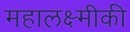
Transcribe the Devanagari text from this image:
महालक्ष्मीकी